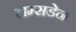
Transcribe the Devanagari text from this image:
लम्सडेन